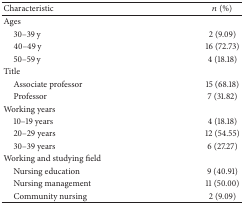
| Characteristic | n (%) |
 | --- | --- |
 | Ages |  |
 | 30–39 y | 2 (9.09) |
 | 40–49 y | 16 (72.73) |
 | 50–59 y | 4 (18.18) |
 | Title |  |
 | Associate professor | 15 (68.18) |
 | Professor | 7 (31.82) |
 | Working years |  |
 | 10–19 years | 4 (18.18) |
 | 20–29 years | 12 (54.55) |
 | 30–39 years | 6 (27.27) |
 | Working and studying field |  |
 | Nursing education | 9 (40.91) |
 | Nursing management | 11 (50.00) |
 | Community nursing | 2 (9.09) |